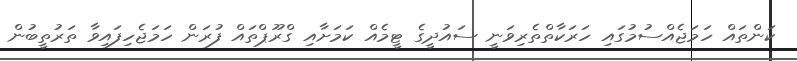
ކަންތައް ހަމަޖެއްސުމުގައި ހަރަކާތްތެރިވަނީ ސައުދީގެ ޓީމެއް ކަމަށާއި ގްރޫޕްތައް ފުރަން ހަމަޖެހިފައިވާ ތަރުތީބުން